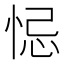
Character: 𢚁